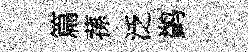
篇蓀泛鹢